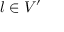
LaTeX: l \in V ^ { \prime }